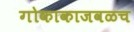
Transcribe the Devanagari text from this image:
गोकाकाजवळच